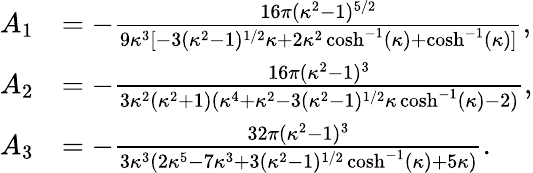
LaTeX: \begin{array}{rl}{A_{1}}&{=-\frac{16\pi(\kappa^{2}-1)^{5/2}}{9\kappa^{3}[-3(\kappa^{2}-1)^{1/2}\kappa+2\kappa^{2}\cosh^{-1}(\kappa)+\cosh^{-1}(\kappa)]},}\\ {A_{2}}&{=-\frac{16\pi(\kappa^{2}-1)^{3}}{3\kappa^{2}(\kappa^{2}+1)(\kappa^{4}+\kappa^{2}-3(\kappa^{2}-1)^{1/2}\kappa\cosh^{-1}(\kappa)-2)},}\\ {A_{3}}&{=-\frac{32\pi(\kappa^{2}-1)^{3}}{3\kappa^{3}(2\kappa^{5}-7\kappa^{3}+3(\kappa^{2}-1)^{1/2}\cosh^{-1}(\kappa)+5\kappa)}.}\end{array}